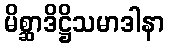
မိစ္ဆာဒိဋ္ဌိသမာဒါနာ